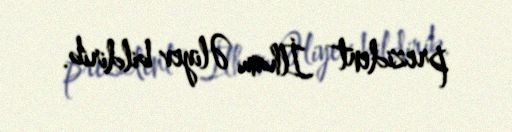
prezident İlham Əliyev bildirib.